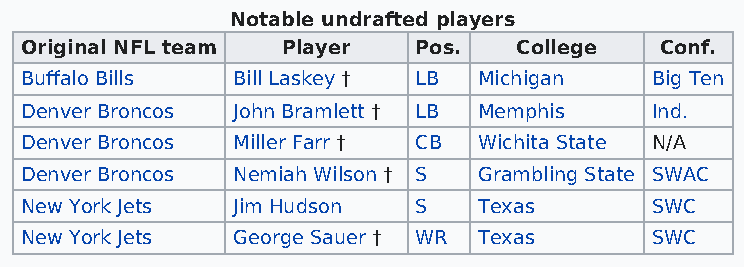
Notable undrafted players
 Original NFL team Player  Pos.   College   Conf.
 Buffalo Bills Bill Laskey † LB Michigan   Big Ten
 Denver Broncos John Bramlett † LB Memphis Ind.
 Denver Broncos Miller Farr † CB Wichita State N/A
 Denver Broncos Nemiah Wilson † S Grambling State SWAC
 New York Jets Jim Hudson  S    Texas      SWC
 New York Jets George Sauer † WR Texas     SWC